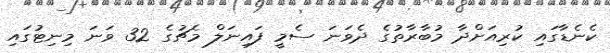
ކެނެޑާގައި ކުރިއަށްދާ މުބާރާތުގެ ދެވަނަ ސެމީ ފައިނަލް މެޗުގެ 32 ވަނަ މިނިޓުގައި